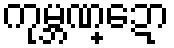
ကုမ္ဘဏ္ဍော